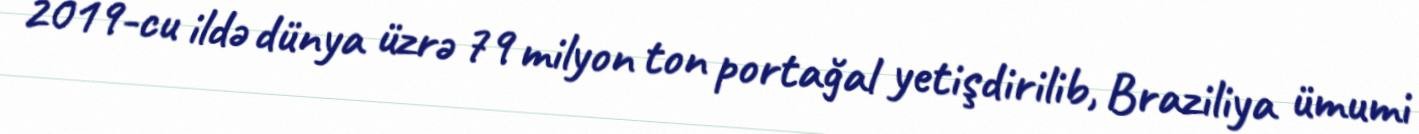
2019-cu ildə dünya üzrə 79 milyon ton portağal yetişdirilib, Braziliya ümumi